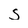
Character: S